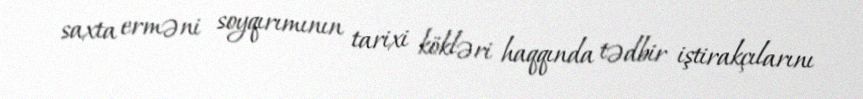
saxta erməni soyqırımının tarixi kökləri haqqında tədbir iştirakçılarını